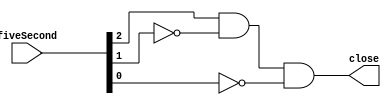
// Copyright (C) 2020  Intel Corporation. All rights reserved.
// Your use of Intel Corporation's design tools, logic functions 
// and other software and tools, and any partner logic 
// functions, and any output files from any of the foregoing 
// (including device programming or simulation files), and any 
// associated documentation or information are expressly subject 
// to the terms and conditions of the Intel Program License 
// Subscription Agreement, the Intel Quartus Prime License Agreement,
// the Intel FPGA IP License Agreement, or other applicable license
// agreement, including, without limitation, that your use is for
// the sole purpose of programming logic devices manufactured by
// Intel and sold by Intel or its authorized distributors.  Please
// refer to the applicable agreement for further details, at
// https://fpgasoftware.intel.com/eula.

// PROGRAM		"Quartus Prime"
// VERSION		"Version 20.1.1 Build 720 11/11/2020 SJ Lite Edition"
// CREATED		"Wed Dec 22 17:48:35 2021"

module fourSecond(
	fiveSecond,
	close
);


input wire	[2:0] fiveSecond;
output wire	close;

wire	[2:0] five;
wire	SYNTHESIZED_WIRE_0;
wire	SYNTHESIZED_WIRE_1;




assign	SYNTHESIZED_WIRE_0 =  ~five[1];

assign	SYNTHESIZED_WIRE_1 =  ~five[0];

assign	close = five[2] & SYNTHESIZED_WIRE_0 & SYNTHESIZED_WIRE_1;

assign	five = fiveSecond;

endmodule